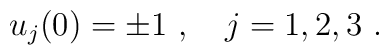
u_j(0)=\pm 1 \ , \ \ \ j=1,2,3\ .